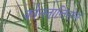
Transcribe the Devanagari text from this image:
कोन्स्तान्तिनोप्ले